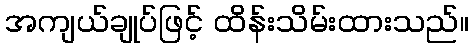
အကျယ်ချုပ်ဖြင့် ထိန်းသိမ်းထားသည်။